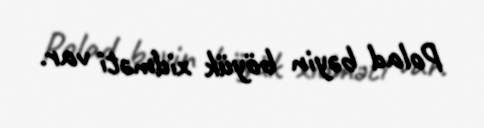
Polad bəyin böyük xidməti var.